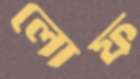
লোফ